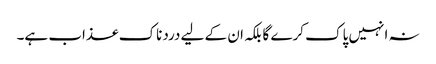
نہ انہیں پاک کرے گا بلکہ ان کے لیے دردناک عذاب ہے۔